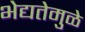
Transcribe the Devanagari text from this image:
भेद्यतेमुळे